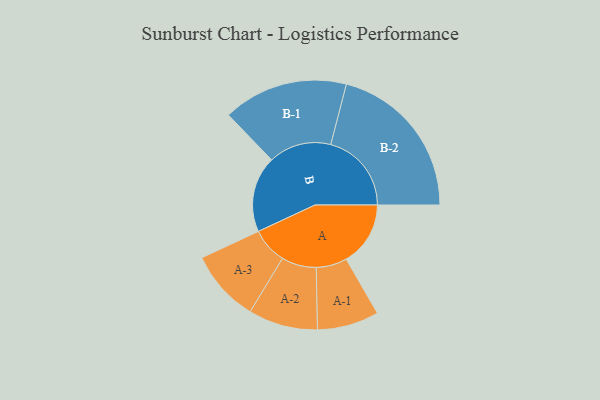
{"axis": {"x": "Segment", "y": "Value"}, "legend": ["", "A", "B"], "data": [{"x": "A", "y": 233, "type": ""}, {"x": "B", "y": 276, "type": ""}, {"x": "A-1", "y": 112, "type": "A"}, {"x": "A-2", "y": 126, "type": "A"}, {"x": "A-3", "y": 131, "type": "A"}, {"x": "B-1", "y": 227, "type": "B"}, {"x": "B-2", "y": 293, "type": "B"}]}